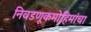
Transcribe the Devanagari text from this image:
निवडणूकमोहिमांचा